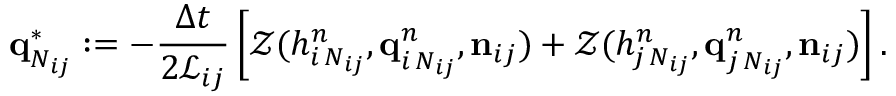
\mathbf { q } _ { N _ { i j } } ^ { \ast } : = - \frac { \Delta t } { 2 \mathcal { L } _ { i j } } \left[ \mathcal { Z } ( h _ { i \, N _ { i j } } ^ { n } , \mathbf { q } _ { i \, N _ { i j } } ^ { n } , \mathbf { n } _ { i j } ) + \mathcal { Z } ( h _ { j \, N _ { i j } } ^ { n } , \mathbf { q } _ { j \, N _ { i j } } ^ { n } , \mathbf { n } _ { i j } ) \right] .